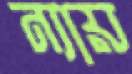
ন্যায়